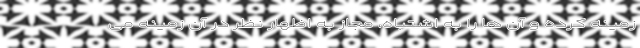
زمینه کرده و آن ها را به اشتباه، مجاز به اظهار نظر در آن زمینه می